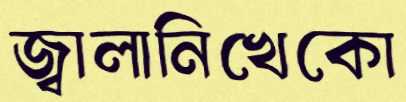
জ্বালানিখেকো